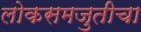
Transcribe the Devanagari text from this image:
लोकसमजुतीचा